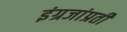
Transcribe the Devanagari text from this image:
इंग्रजांप्रती